Civil Veterinary Dept. Assam report 1911-1927 - 1911-1927
Year: 1911
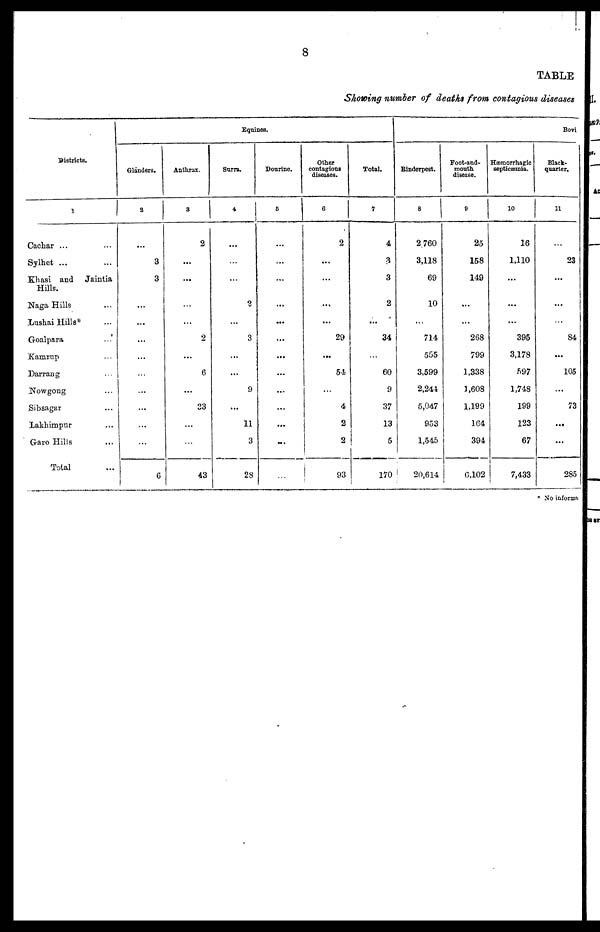
8
TABLE
Showing number of deaths from contagious diseases
Districts.
1
Cachar ... ...
Sylhet ... ...
Khasi and Jaintia
Hills.
Naga Hills ...
Lushai Hills* ...
Goalpara ...
Kamrup ...
Darrang ...
Nowgong ...
Sibsagar ...
lakhimpur ...
Garo Hills
...
Total ...
Glanders.
2
...
3
3
...
...
...
...
...
...
...
...
...
...
6
Anthrax.
3
2
...
...
...
...
2
...
6
...
33
...
...
43
Equines.
Surra.
4
...
...
...
2
...
3
...
...
9
...
11
3
28
Dourine.
6
...
...
...
...
...
...
...
...
...
...
...
...
...
Other
contagious
diseases.
6
2
...
...
...
...
29
...
54
...
4
2
2
93
Total.
7
4
3
3
2
...
34
...
60
9
37
13
5
170
Rinderpest.
8
2,760
3,118
69
10
...
714
555
3,599
2,244
5,047
953
1,545
20,614
Foot-and-
mouth
disease.
9
25
158
149
...
...
268
799
1,338
1,608
1,199
164
394
6,102
Hæmorrhagie
Septicæmia.
10
16
1,110
...
...
...
395
3,178
S97
1,748
199
123
67
7,433
Bovi
Black-
quarter.
11
...
23
...
...
...
84
...
105
...
73
...
...
285
* No informs